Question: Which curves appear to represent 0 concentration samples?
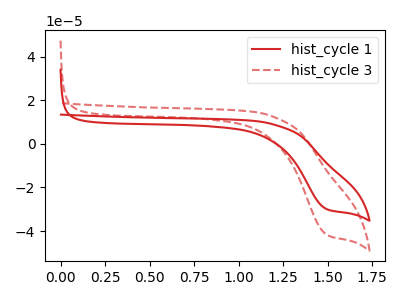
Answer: <think>The red curve "hist_cycle 1" has a cathodic peak at: (1.50V, -29.85uA). The red dashed curve "hist_cycle 3" has a cathodic peak at: (1.50V, -41.50uA).</think>
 <answer>There are not any CV's on this graph that are likely to be blanks.</answer>
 <eval>none</eval>